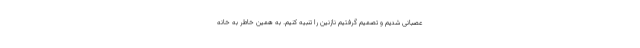
عصبانی شدیم و تصمیم گرفتیم نازنین را تنبیه کنیم. به همین خاطر به خانه